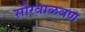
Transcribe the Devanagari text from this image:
सौरवाळवण